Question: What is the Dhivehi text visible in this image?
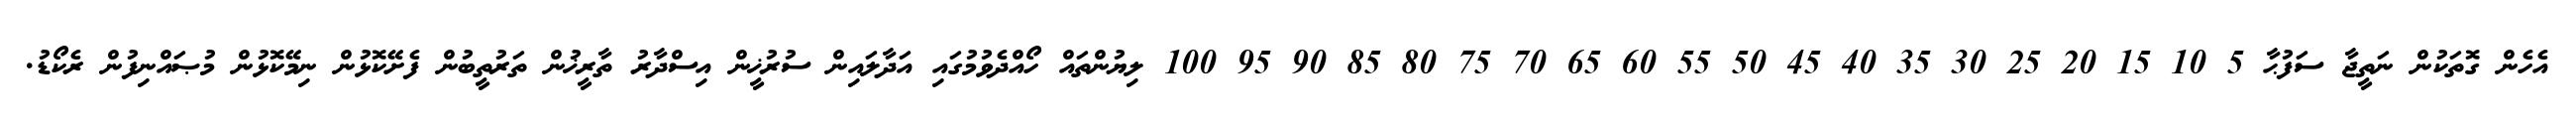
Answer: އެހެން ގޮތަކުން ނަތީޖާ ސަފުޙާ 5 10 15 20 25 30 35 40 45 50 55 60 65 70 75 80 85 90 95 100 ލިޔުންތައް ހޯއްދެވުމުގައި އަދާލައިން ސުރުޚީން އިސްދާރު ތާރީޚުން ތަރުތީބުން ފެށޭކޮޅުން ނިމޭކޮޅުން މުޞައްނިފުން ރެކޯޑު.